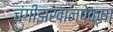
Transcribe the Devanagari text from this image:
चंगीझखानपेक्षा